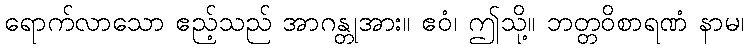
ရောက်လာသော ဧည့်သည် အာဂန္တုအား။ ဧဝံ၊ ဤသို့။ ဘတ္တဝိစာရဏံ နာမ၊